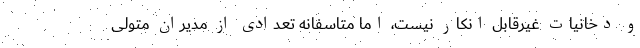
و دخانیات غیرقابل انکار نیست، اما متاسفانه تعدادی از مدیران متولی